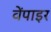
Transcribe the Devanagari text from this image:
वेंपाइर